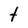
Character: t